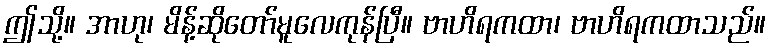
ဤသို့။ အာဟု၊ မိန့်ဆိုတော်မူလေကုန်ပြီ။ ဗာဟိရကထာ၊ ဗာဟိရကထာသည်။